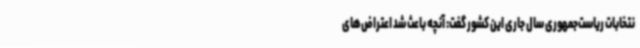
نتخابات ریاست‌جمهوری سال جاری این کشور گفت: آنچه باعث شد اعتراض‌های